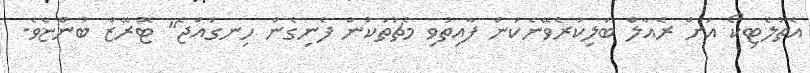
އެތުލެޓިކޯ އަށް ރެއާލް ބަލިކުރެވޭނެކަަން ފާއިތުވި މެޗުތަކުން ފެނިގެން ހިނގައްޖެ" ޓޮރޭޒް ބުންޏެވެ.